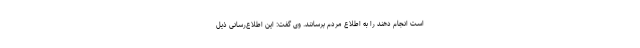
است انجام دهند را به اطلاع مردم برسانند. وی گفت: این اطلاع‌رسانی ذیل